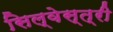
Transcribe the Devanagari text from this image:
सिल्वेस्त्री